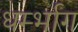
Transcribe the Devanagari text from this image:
धर्म्भाग